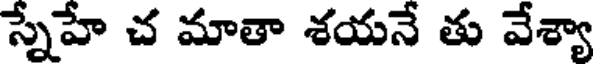
స్నేహే చ మాతా శయనే తు వేశ్యా